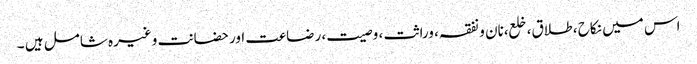
اس میں نکاح ، طلاق، خلع،نان و نفقہ، وراثت ، وصیت، رضاعت اور حضانت وغیرہ شامل ہیں ۔